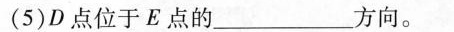
(5)D点位于E点的___方向。